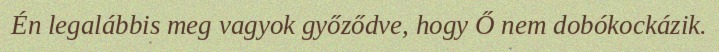
Én legalábbis meg vagyok győződve, hogy Ő nem dobókockázik.